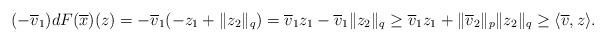
LaTeX: \begin{align*} (-\overline{v}_1)dF(\overline{x})(z)=-\overline{v}_1(-z_1+\|z_2\|_q) =\overline{v}_1 z_1-\overline{v}_1\|z_2\|_q \ge\overline{v}_1 z_1+ \|\overline{v}_2\|_p\|z_2\|_q \geq \langle \overline{v},z\rangle. \end{align*}